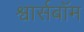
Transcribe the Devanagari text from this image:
श्वार्सबॉम